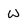
Character: W